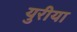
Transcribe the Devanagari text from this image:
युरीया